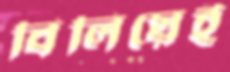
বিলিয়েই